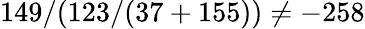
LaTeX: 149/(123/(37+155))\neq-258